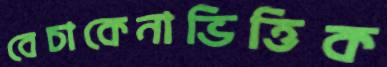
বেচাকেনাভিত্তিক